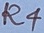
Text: R4